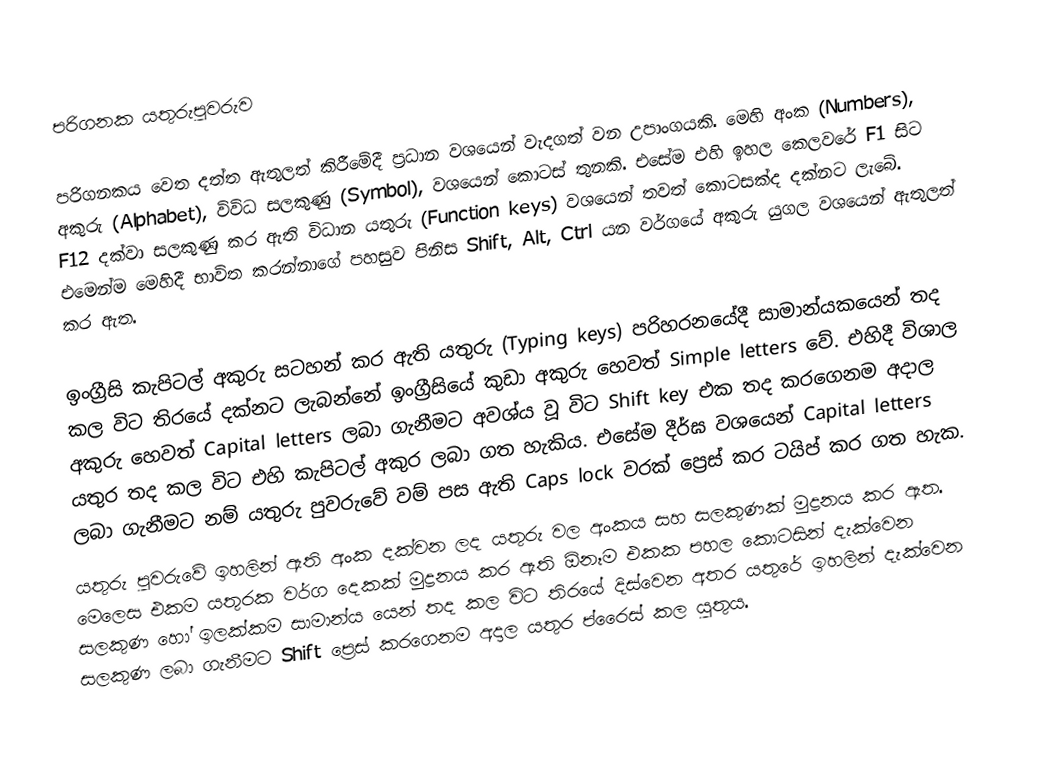
පරිගනක යතුරුපුවරුව

පරිගනකය වෙත දත්ත ඇතුලත් කිරීමේදී ප්‍රධාන වශයෙන් වැදගත් වන උපාංගයකි. මෙහි අංක (Numbers), අකුරු (Alphabet), විවිධ සලකුණු (Symbol), වශයෙන් කොටස් තුනකි. එසේම එහි ඉහල කෙලවරේ F1 සිට F12 දක්වා සලකුණු කර ඇති විධාන යතුරු (Function keys) වශයෙන් තවත් කොටසක්ද දක්නට ලැබේ. එමෙන්ම මෙහිදී භාවිත කරන්නාගේ පහසුව පිනිස Shift, Alt, Ctrl යන වර්ගයේ අකුරු යුගල වශයෙන් ඇතුලත් කර ඇත.

ඉංග්‍රීසි කැපිටල් අකුරු සටහන් කර ඇති යතුරු (Typing keys) පරිහරනයේදී සාමාන්යකයෙන් තද කල විට තිරයේ දක්නට ලැබන්නේ ඉංග්‍රීසියේ කුඩා අකුරු හෙවත් Simple letters වේ. එහිදී විශාල අකුරු හෙවත් Capital letters ලබා ගැනීමට අවශ්ය  වූ විට Shift key එක තද කරගෙනම අදාල යතුර තද කල විට එහි කැපිටල් අකුර ලබා ගත හැකිය. එසේම දීර්ඝ වශයෙන් Capital letters ලබා ගැනීමට නම් යතුරු පුවරුවේ වම් පස ඇති Caps lock වරක් ප්‍රෙස් කර ටයිප් කර ගත හැක.
යතුරු පුවරුවේ ඉහලින් ඇති අංක දක්වන ලද යතුරු වල අංකය සහ සලකුණක් මුද්‍රනය කර ඇත. මෙලෙස එකම යතුරක වර්ග දෙකක් මුද්‍රනය කර ඇති ඕනෑම එකක පහල කොටසින් දැක්වෙන සලකුණ හෝ ඉලක්කම සාමාන්ය යෙන් තද කල විට තිරයේ දිස්වෙන අතර යතුරේ ඉහලින් දැක්වෙන සලකුණ ලබා ගැනීමට Shift ප්‍රෙස් කරගෙනම අදාල යතුර ප්රෙෙස් කල යුතුය.